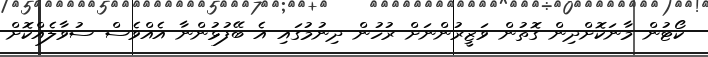
ކޯޓުން މާނަކޮށްދިން ގޮތުން ވަޒީރުންނަށް ރުހުން ދިނުމުގައި އެ ބޭފުޅުންނާ އެއްވެސް ސުވާލެއްކޮށް